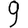
Digit: 9